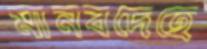
মানবদেহে